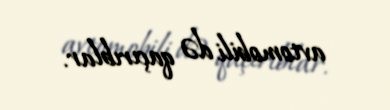
avtomobili də qaçırıblar.